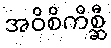
အဝိစိကိစ္ဆီ